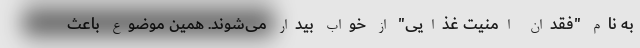
به نام "فقدان امنیت غذایی" از خواب بیدار می‌شوند. همین موضوع باعث